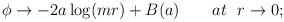
LaTeX: \begin{align*}\phi \rightarrow -2a\log (mr)+B(a)\qquad at~\ r\rightarrow 0; \end{align*}